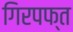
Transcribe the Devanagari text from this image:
गिरपफ्त